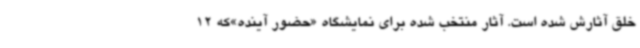
خلق آثارش شده است. آثار منتخب شده برای نمایشگاه «حضور آینده»که 12